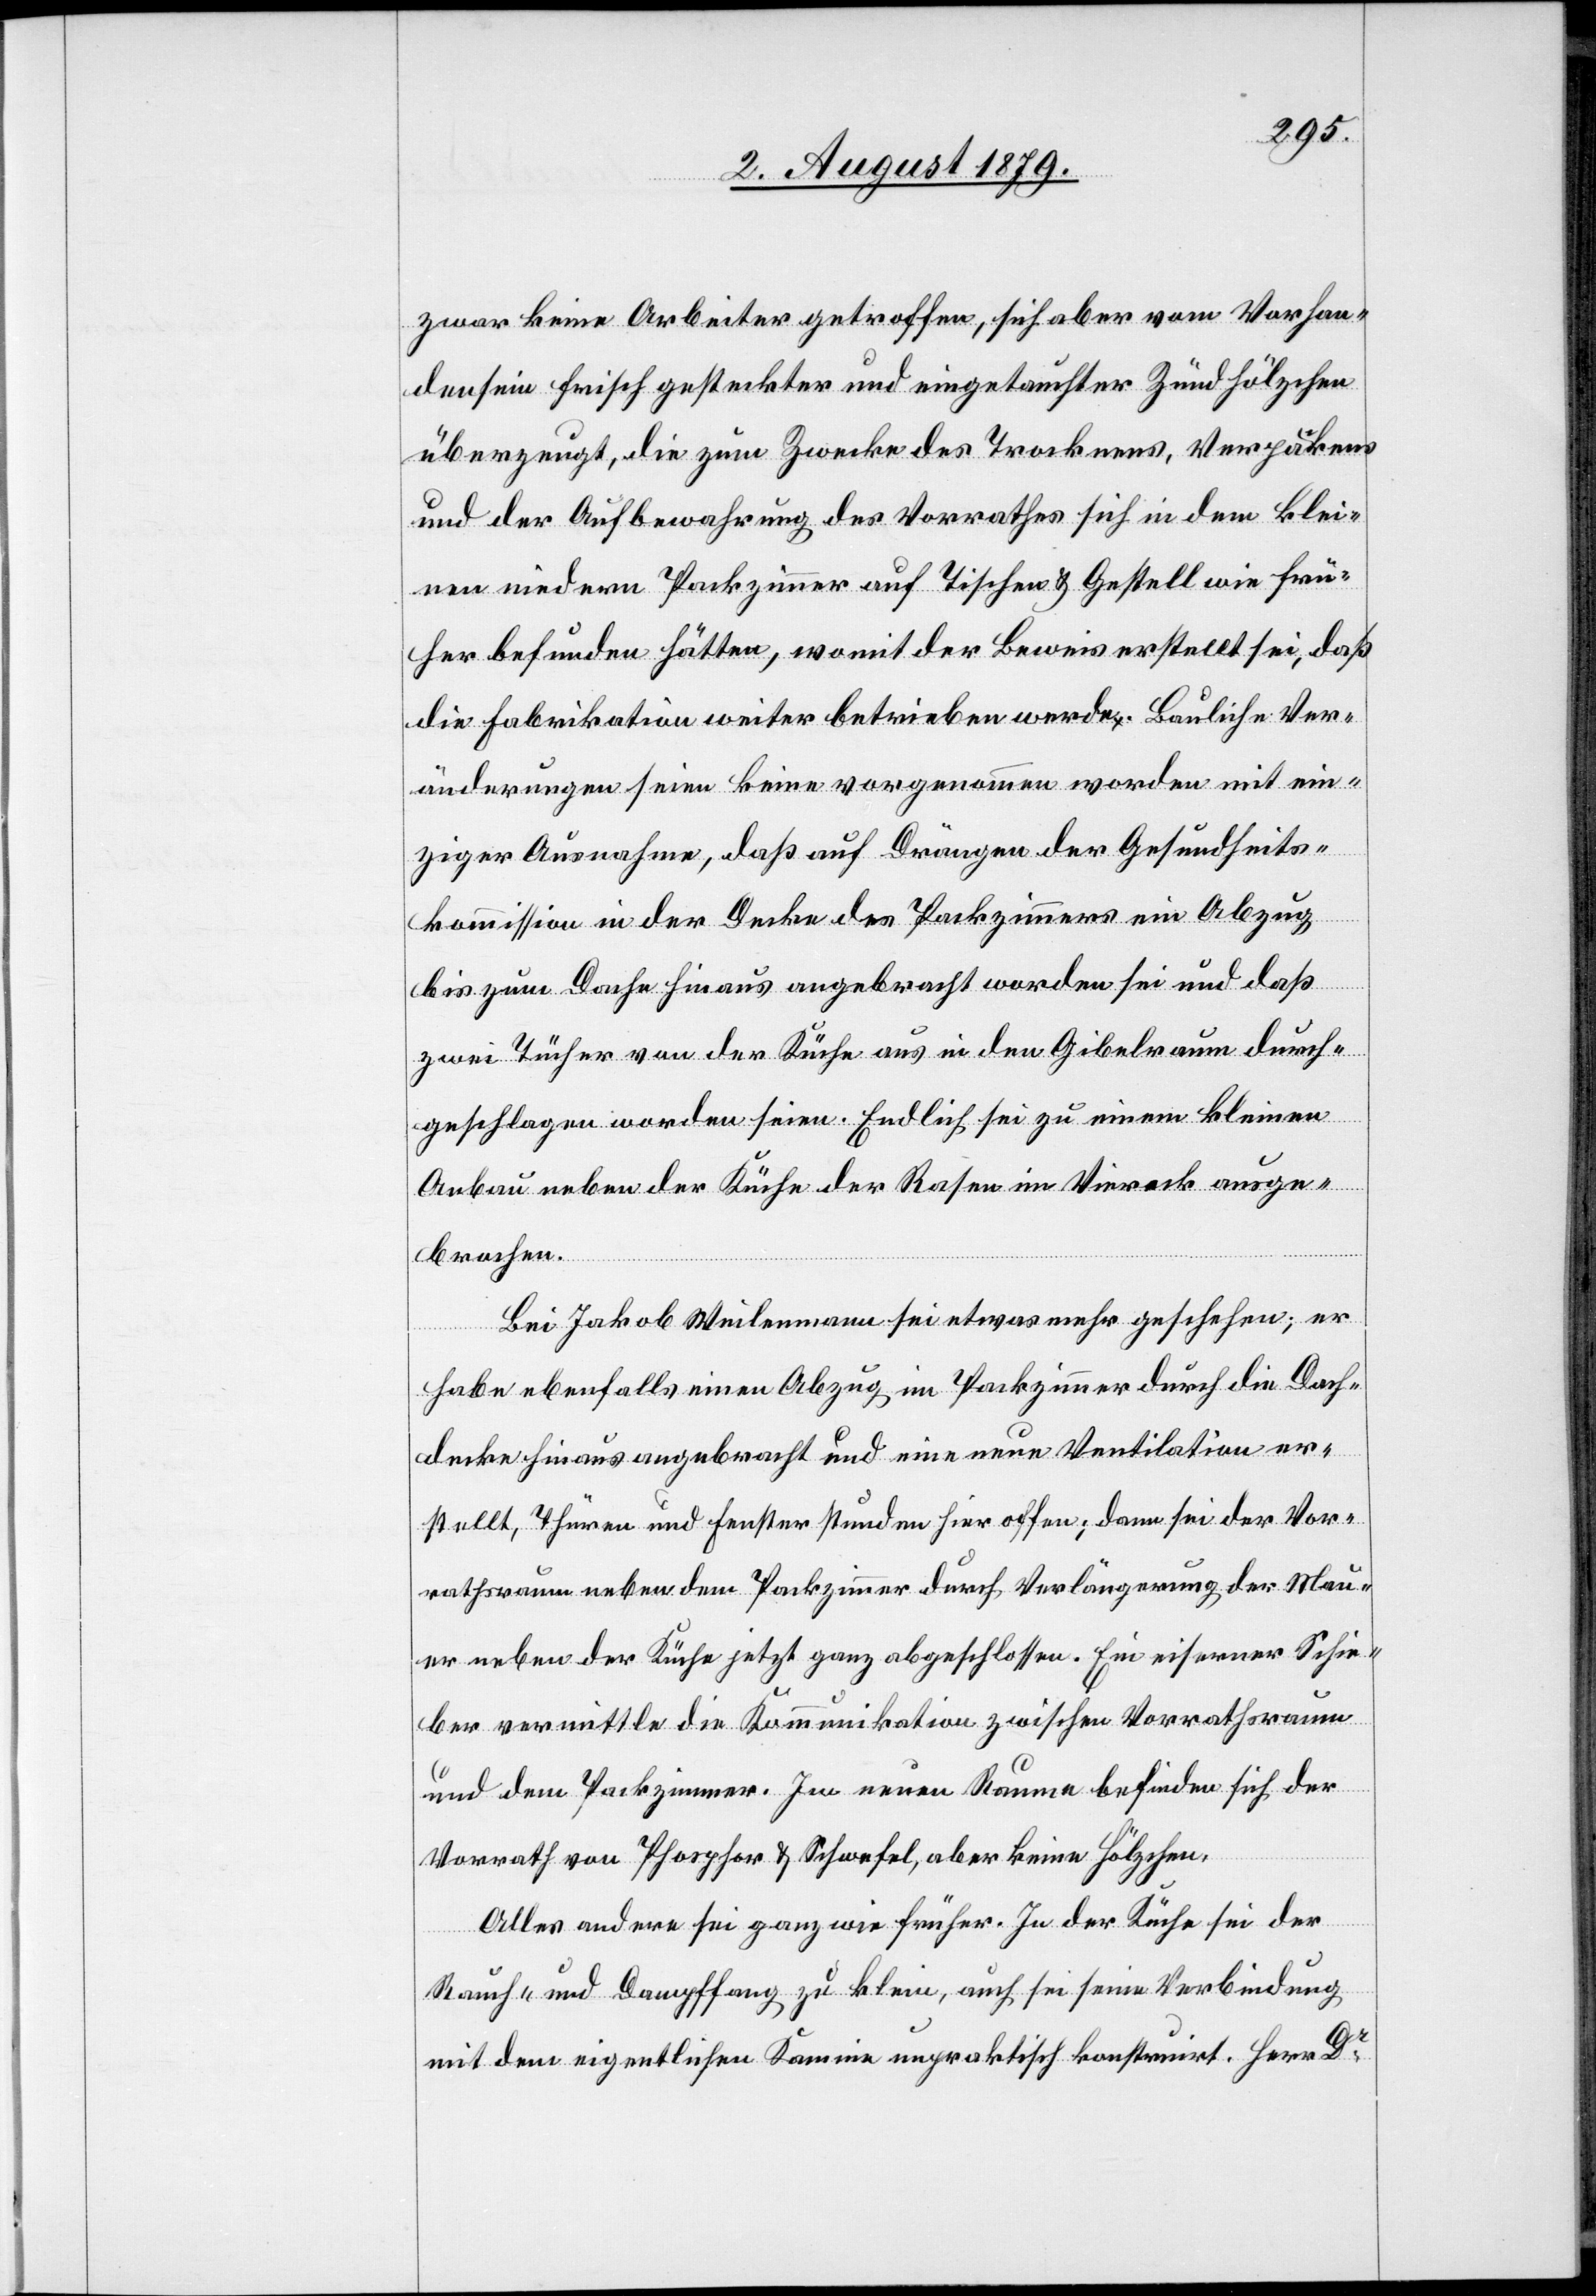
zwar keine Arbeiter getroffen, sich aber vom Vorhan¬
densein frisch gesteckter und eingetauchter Zündhölzchen
überzeugt, die zum Zwecke des Trocknens, Verpackens
und der Aufbewahrung des Vorrathes sich in dem klei¬
nen niedern Packzimmer auf Tischen & Gestell wie frü¬
her befunden hätten, womit der Beweis erstellt sei, daß
die Fabrikation weiter betrieben werde. Bauliche Ver¬
änderungen seien keine vorgenommen worden mit ein¬
ziger Ausnahme, daß auf Drängen der Gesundheits¬
kommission in der Decke des Packzimmers ein Abzug
bis zum Dache hinaus angebracht worden sei und daß
zwei Tücher von der Küche aus in den Gibelraum durch¬
geschlagen worden seien. Endlich sei zu einem kleinen
Anbau neben der Küche der Rasen im Viereck ausge¬
brochen.
Bei Jakob Weilenmann sei etwas mehr geschehen; er
habe ebenfalls einen Abzug im Packzimmer durch die Dach¬
decke hinaus angebracht und eine neue Ventilation er¬
stellt, Thüren und Fenster stunden hier offen; dann sei der Vor¬
rathsraum neben dem Packzimmer durch Verlängerung der Mau¬
er neben der Küche jetzt ganz abgeschlossen. Ein eiserner Schie¬
ber vermittle die Kommunikation zwischen Vorrathsraum
und dem Packzimmer. Im neuen Raume befinden sich der
Vorrath von Phosphor & Schwefel, aber keine Hölzchen.
Alles andere sei ganz wie früher. In der Küche sei der
Rauch- und Dampffang zu klein, auch sei seine Verbindung
mit dem eigentlichen Kamine unpraktisch konstruirt. Herr Dr